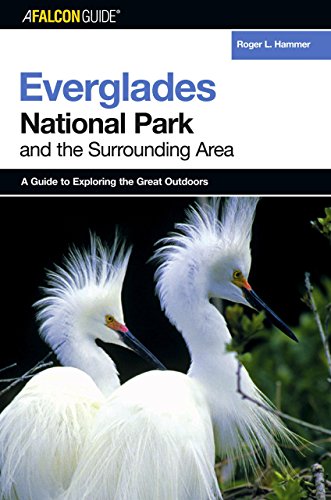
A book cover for A FalconGuideÂ® to Everglades National Park and the Surrounding Area (Exploring Series); Roger L. Hammer; Travel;